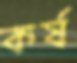
কর্ষ